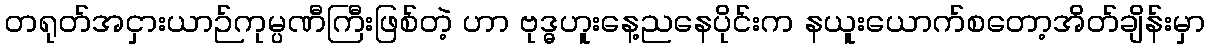
တရုတ်အငှားယာဉ်ကုမ္ပဏီကြီးဖြစ်တဲ့ ဟာ ဗုဒ္ဓဟူးနေ့ညနေပိုင်းက နယူးယောက်စတော့အိတ်ချိန်းမှာ